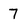
Character: 7